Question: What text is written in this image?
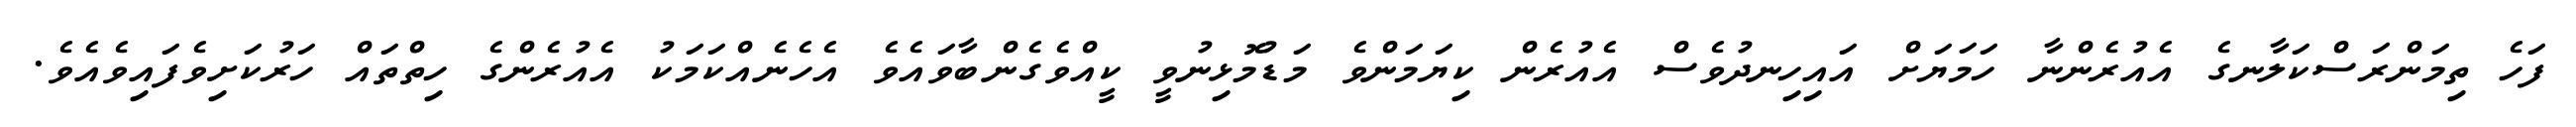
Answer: ފަހެ ތިމަންރަސްކަލާނގެ އެއުރެންނާ ހަމަޔަށް އައިހިނދުވެސް އެއުރެން ކިޔަމަންވެ މަޑުމޮޅިނުވީ ކީއްވެގެންބާވައެވެ އެހެނެއްކަމަކު އެއުރެންގެ ހިތްތައް ހަރުކަށިވެފައިވެއެވެ.